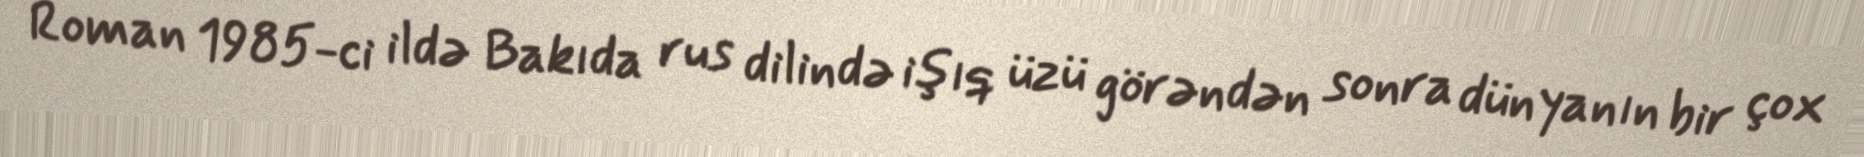
Roman 1985-ci ildə Bakıda rus dilində işıq üzü görəndən sonra dünyanın bir çox